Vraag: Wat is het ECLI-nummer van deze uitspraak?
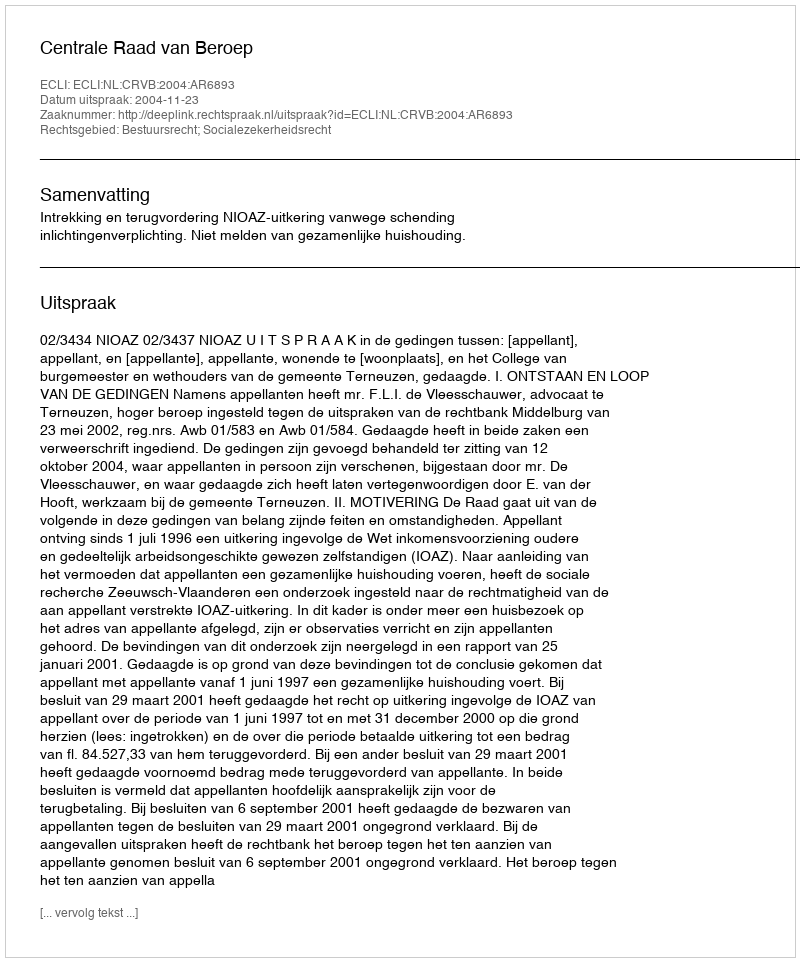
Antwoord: ECLI:NL:CRVB:2004:AR6893